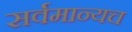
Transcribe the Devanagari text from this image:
सर्वमान्यच